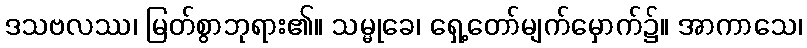
ဒသဗလဿ၊ မြတ်စွာဘုရား၏။ သမ္မုခေ၊ ရှေ့တော်မျက်မှောက်၌။ အာကာသေ၊